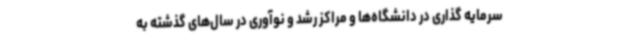
سرمایه گذاری در دانشگاه‌ها و مراکز رشد و نوآوری در سال‌های گذشته به